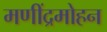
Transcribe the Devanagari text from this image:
मणींद्रमोहन